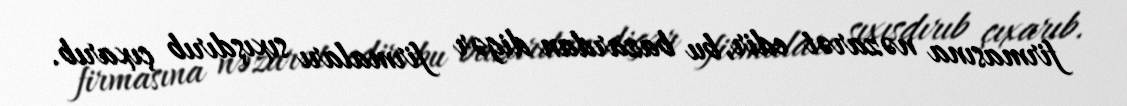
firmasına nəzarət edir, bu bazardan digər firmaları sıxışdırıb çıxarıb.